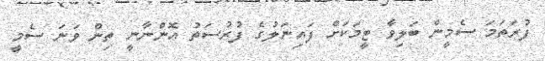
ފުރަތަމަ ސެމީން ބަލިވާ ޓީމަކަށް ފައިނަލުގެ ފުރުސަތު އޮންނާނީ ތިން ވަނަ ސެމީ